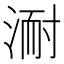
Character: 𭱈